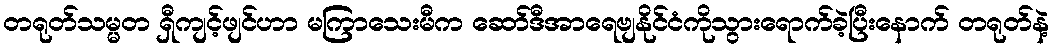
တရုတ်သမ္မတ ရှီကျင့်ဖျင်ဟာ မကြာသေးမီက ဆော်ဒီအာရေဗျနိုင်ငံကိုသွားရောက်ခဲ့ပြီးနောက် တရုတ်နဲ့